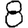
Digit: 8